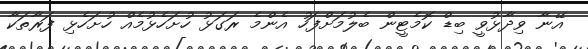
އޭނާ ވިދާޅުވީ ބިޑް ކޮމެޓީން ބެލުމަށްފަހު އެންމެ ރަގަޅު ހުށަހެޅުމެއް ހުށަހެޅި ފަރާތަކާ